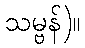
သမ္ဗန်)။